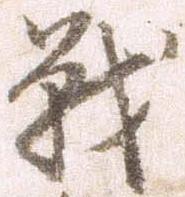
戦